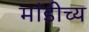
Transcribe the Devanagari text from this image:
मांडीच्य